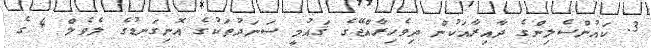
3. ކައުންސެލިންގެ ދާއިރާއަކުން ދިވެހިރާއްޖޭގެ ޤައުމީ ސަނަދުތަކުގެ އޮނިގަނޑުގެ ލެވެލް 4 ގެ